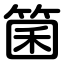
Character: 箘